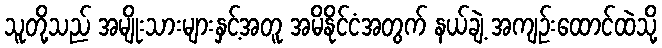
သူတို့သည် အမျိုးသားများနှင့်အတူ အမိနိုင်ငံအတွက် နယ်ချဲ့ အကျဉ်းထောင်ထဲသို့